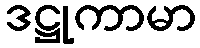
ဒဋ္ဌုကာမာ